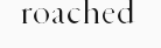
roached